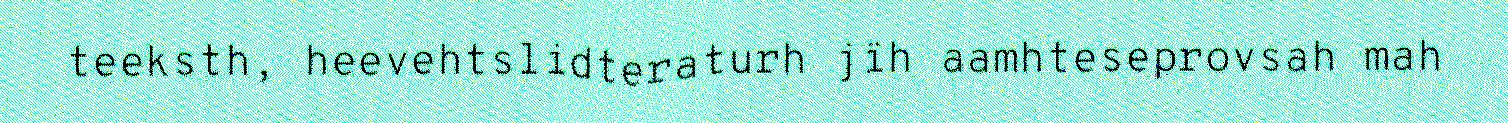
teeksth, heevehtslidteraturh jïh aamhteseprovsah mah